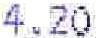
4.20